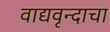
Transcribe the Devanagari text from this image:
वाद्यवृन्दाचा